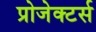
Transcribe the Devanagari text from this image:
प्रोजेक्टर्स